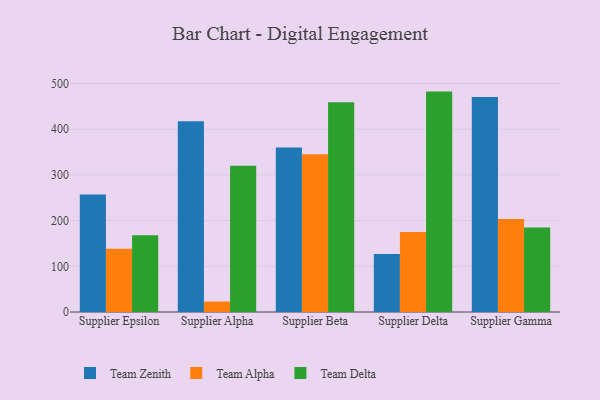
{"axis": {"x": "Supplier", "y": "Production Output"}, "legend": ["Team Alpha", "Team Delta", "Team Zenith"], "data": [{"x": "Supplier Epsilon", "y": 257.3, "type": "Team Zenith"}, {"x": "Supplier Epsilon", "y": 138.3, "type": "Team Alpha"}, {"x": "Supplier Epsilon", "y": 168.2, "type": "Team Delta"}, {"x": "Supplier Alpha", "y": 417.3, "type": "Team Zenith"}, {"x": "Supplier Alpha", "y": 22.9, "type": "Team Alpha"}, {"x": "Supplier Alpha", "y": 319.9, "type": "Team Delta"}, {"x": "Supplier Beta", "y": 360.1, "type": "Team Zenith"}, {"x": "Supplier Beta", "y": 345.4, "type": "Team Alpha"}, {"x": "Supplier Beta", "y": 459.3, "type": "Team Delta"}, {"x": "Supplier Delta", "y": 126.9, "type": "Team Zenith"}, {"x": "Supplier Delta", "y": 175.1, "type": "Team Alpha"}, {"x": "Supplier Delta", "y": 482.4, "type": "Team Delta"}, {"x": "Supplier Gamma", "y": 470.8, "type": "Team Zenith"}, {"x": "Supplier Gamma", "y": 203.8, "type": "Team Alpha"}, {"x": "Supplier Gamma", "y": 185.2, "type": "Team Delta"}]}